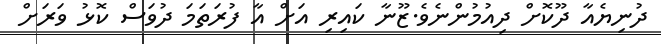
ދުނިޔެއާ ދޫކޮށް ދިއުމުންނެވެ.ޒޫނާ ކައިރި އަށް އާ ފުރަތަމަ ދުވަސް ކޮޅު ވަރަށް